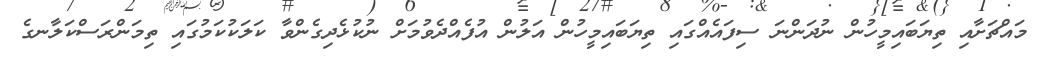
މައްޗަށާއި ތިޔަބައިމީހުން ނުދަންނަ ސިފައެއްގައި ތިޔަބައިމީހުން އަލުން އުފެއްދެވުމަށް ނުކުޅެދިގެންވާ ކަލަކުކަމުގައި ތިމަންރަސްކަލާނގެ